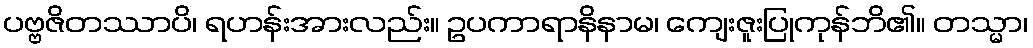
ပဗ္ဗဇိတဿာပိ၊ ရဟန်းအားလည်း။ ဥပကာရာနိနာမ၊ ကျေးဇူးပြုကုန်ဘိ၏။ တသ္မာ၊